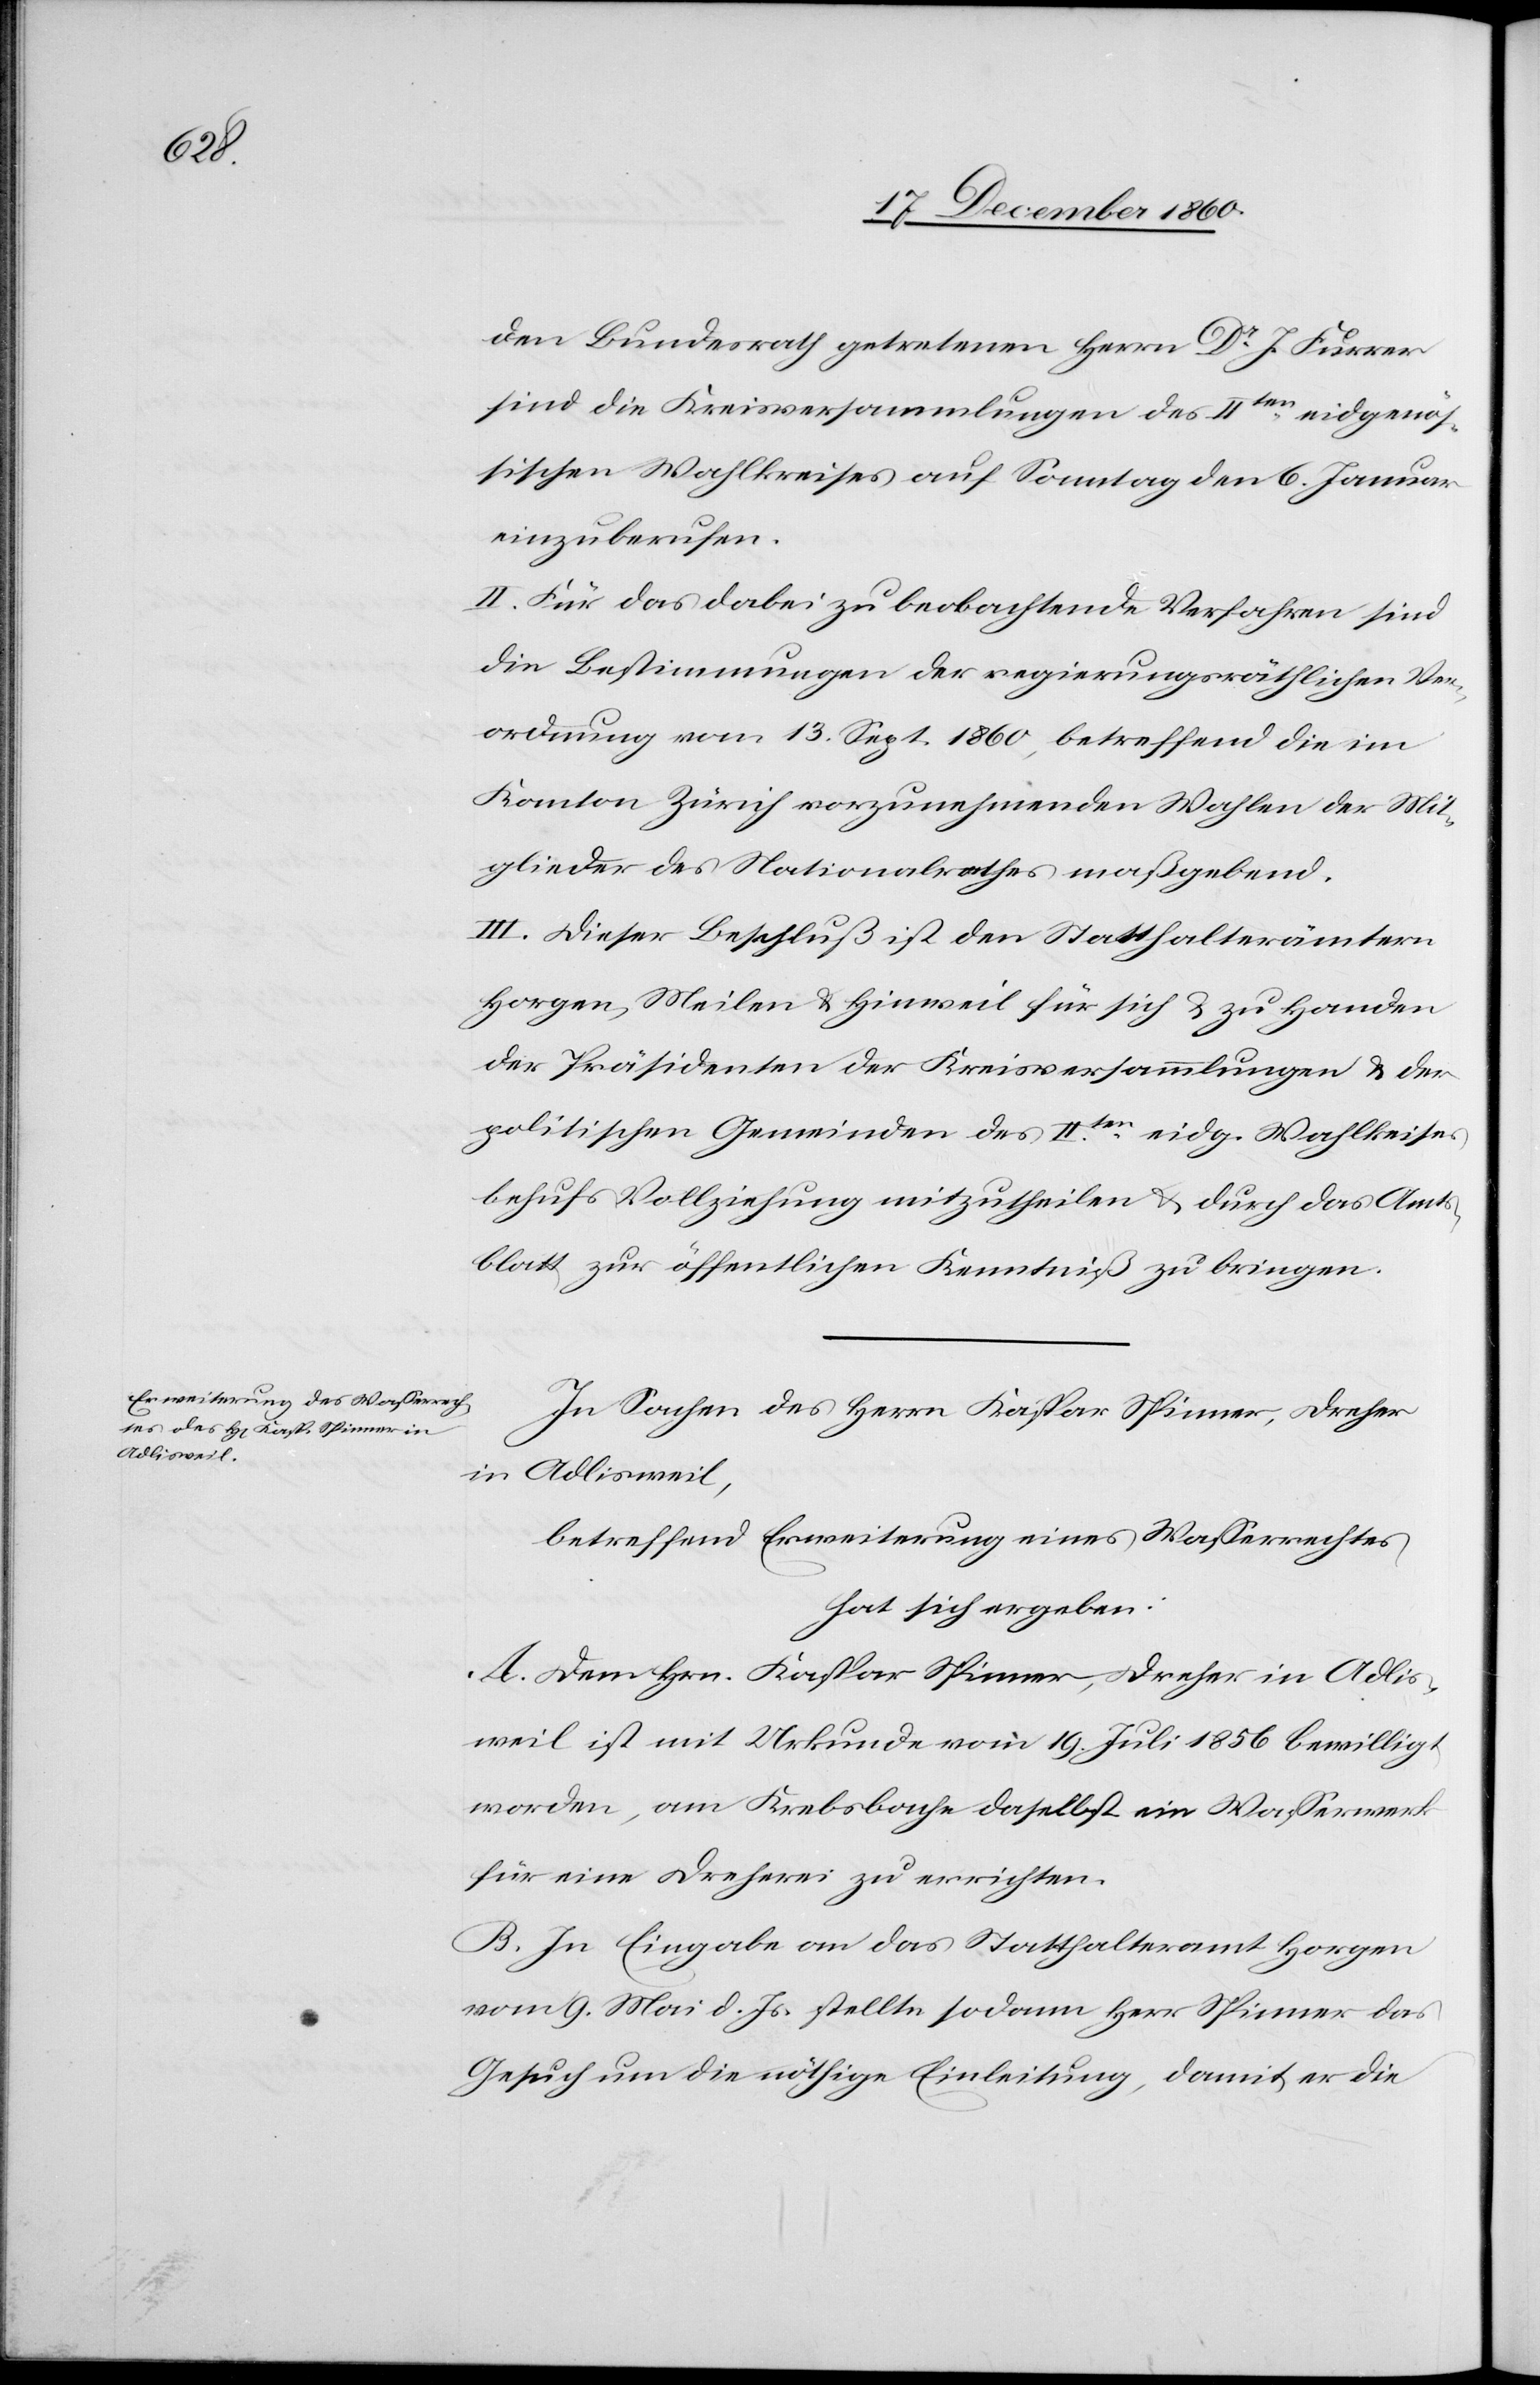
den Bundesrath getretenen Herrn Dr J. Furrer
sind die Kreisversammlungen des IIten eidgenös¬
sischen Wahlkreises auf Sonntag den 6. Januar
einzuberufen.
II. Für das dabei zu beobachtende Verfahren sind
die Bestimmungen der regierungsräthlichen Ver¬
ordnung vom 13. Sept. 1860, betreffend die im
Kanton Zürich vorzunehmenden Wahlen der Mit¬
glieder des Nationalrathes maßgebend.
III. Dieser Beschluß ist den Statthalterämtern
Horgen, Meilen u. Hinweil für sich u. zu Handen
der Präsidenten der Kreisversammlungen u. der
politischen Gemeinden des IIten eidg. Wahlkreises
behufs Vollziehung mitzutheilen u. durch das Amts¬
blatt zur öffentlichen Kenntniß zu bringen.
In Sachen des Herrn Kaspar Spinner, Dreher
in Adlisweil,
betreffend Erweiterung eines Wasserrechtes
hat sich ergeben:
A. Dem Hrn. Kaspar Spinner, Dreher in Adlis¬
weil ist mit Urkunde vom 19. Juli 1856 bewilligt
worden, am Krebsbache daselbst ein Wasserwerk
für eine Dreherei zu errichten.
B. In Eingabe an das Statthalteramt Horgen
vom 9. Mai d. Js. stellte sodann Herr Spinner das
Gesuch um die nöthige Einleitung, damit er die